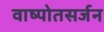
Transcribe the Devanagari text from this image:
वाष्पोतसर्जन